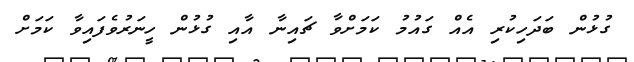
ގުޅުން ބަދަހިކުރި އެއް ގައުުމު ކަމަށްވާ ޗައިނާ އާއި ގުޅުން ހީނަރުވެފައިވާ ކަމަށް